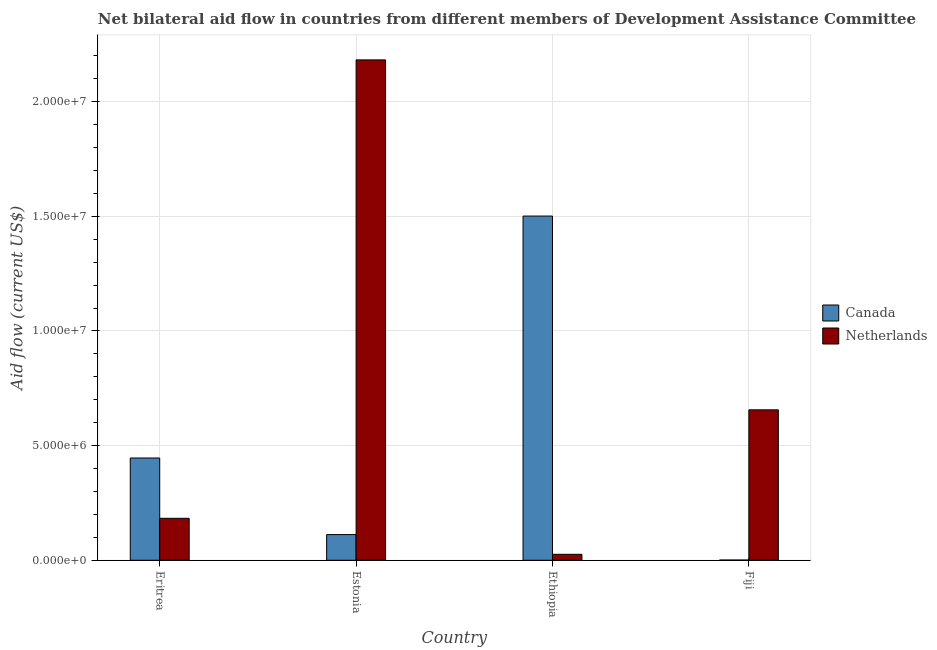
| Country | Canada | Netherlands |
 | --- | --- | --- |
 | Eritrea | 4.46e+06 | 1.83e+06 |
 | Estonia | 1.12e+06 | 2.18e+07 |
 | Ethiopia | 1.5e+07 | 2.6e+05 |
 | Fiji | 1e+04 | 6.56e+06 |